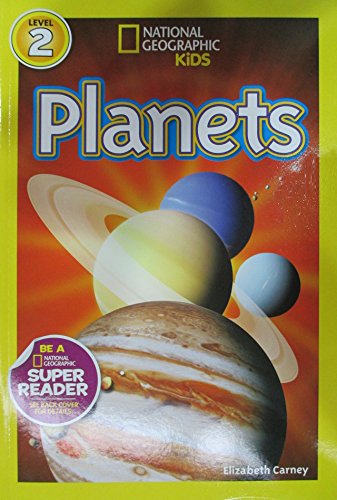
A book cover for National Geographic Readers: Planets; Elizabeth Carney; Children's Books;